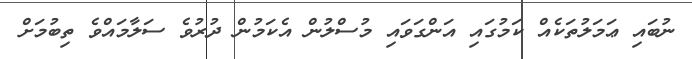
ނުބައި ޢަމަލުތަކެއް ކަމުގައި އަންގަވައި މުސްލުން އެކަމުން ދުރުވެ ސަލާމައްވެ ތިބުމަށް